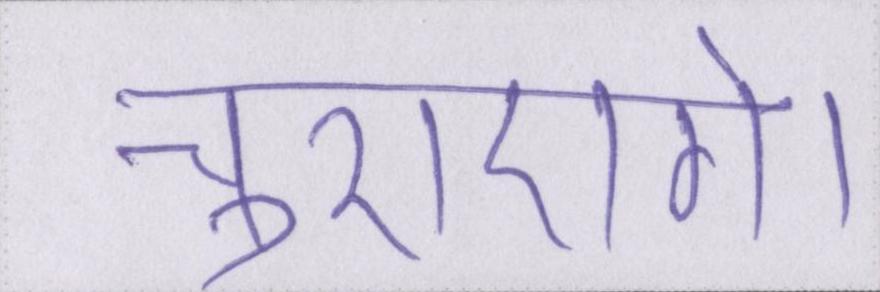
चुराएंगे।